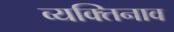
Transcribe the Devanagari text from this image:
व्यक्तिनाव